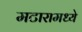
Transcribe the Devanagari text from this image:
मटारामध्ये